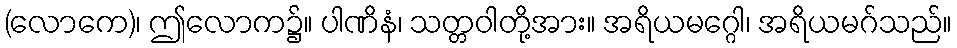
(လောကေ)၊ ဤလောက၌။ ပါဏိနံ၊ သတ္တဝါတို့အား။ အရိယမဂ္ဂေါ၊ အရိယမဂ်သည်။